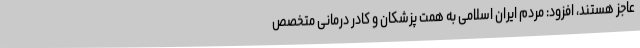
عاجز هستند، افزود: مردم ایران اسلامی به همت پزشکان و کادر درمانی متخصص